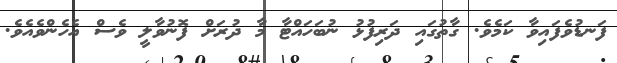
ފަނޑުވެފައިވާ ކަމެވެ. ގާތުގައި ދަރިފުޅު ނުބަހައްޓާ މާ ދުރަށް ފޮނުވާލީ ވެސް އެހެންވެއެވެ.